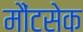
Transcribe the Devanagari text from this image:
मौंटसेक